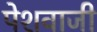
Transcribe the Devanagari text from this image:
पेशवाजी